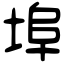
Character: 埠